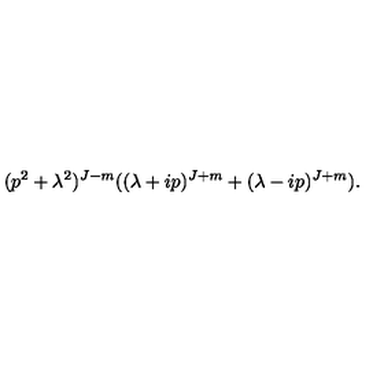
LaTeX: ( p ^ { 2 } + \lambda ^ { 2 } ) ^ { J - m } ( ( \lambda + i p ) ^ { J + m } + ( \lambda - i p ) ^ { J + m } ) .